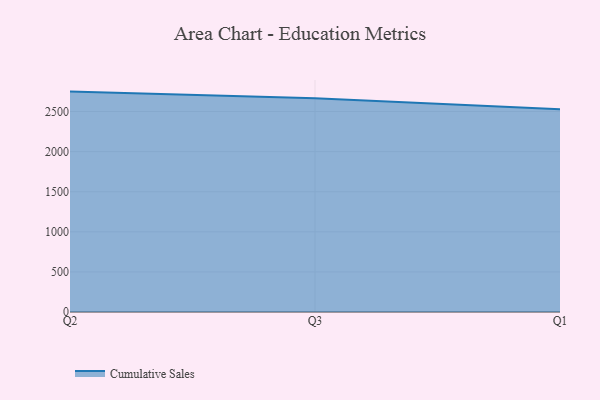
{"axis": {"x": "Quarter", "y": "Demand Index"}, "legend": ["Cumulative Sales"], "data": [{"x": "Q2", "y": 2748.6, "type": "Cumulative Sales"}, {"x": "Q3", "y": 2664.5, "type": "Cumulative Sales"}, {"x": "Q1", "y": 2529.7, "type": "Cumulative Sales"}]}